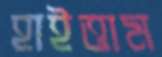
হাইত্তাম